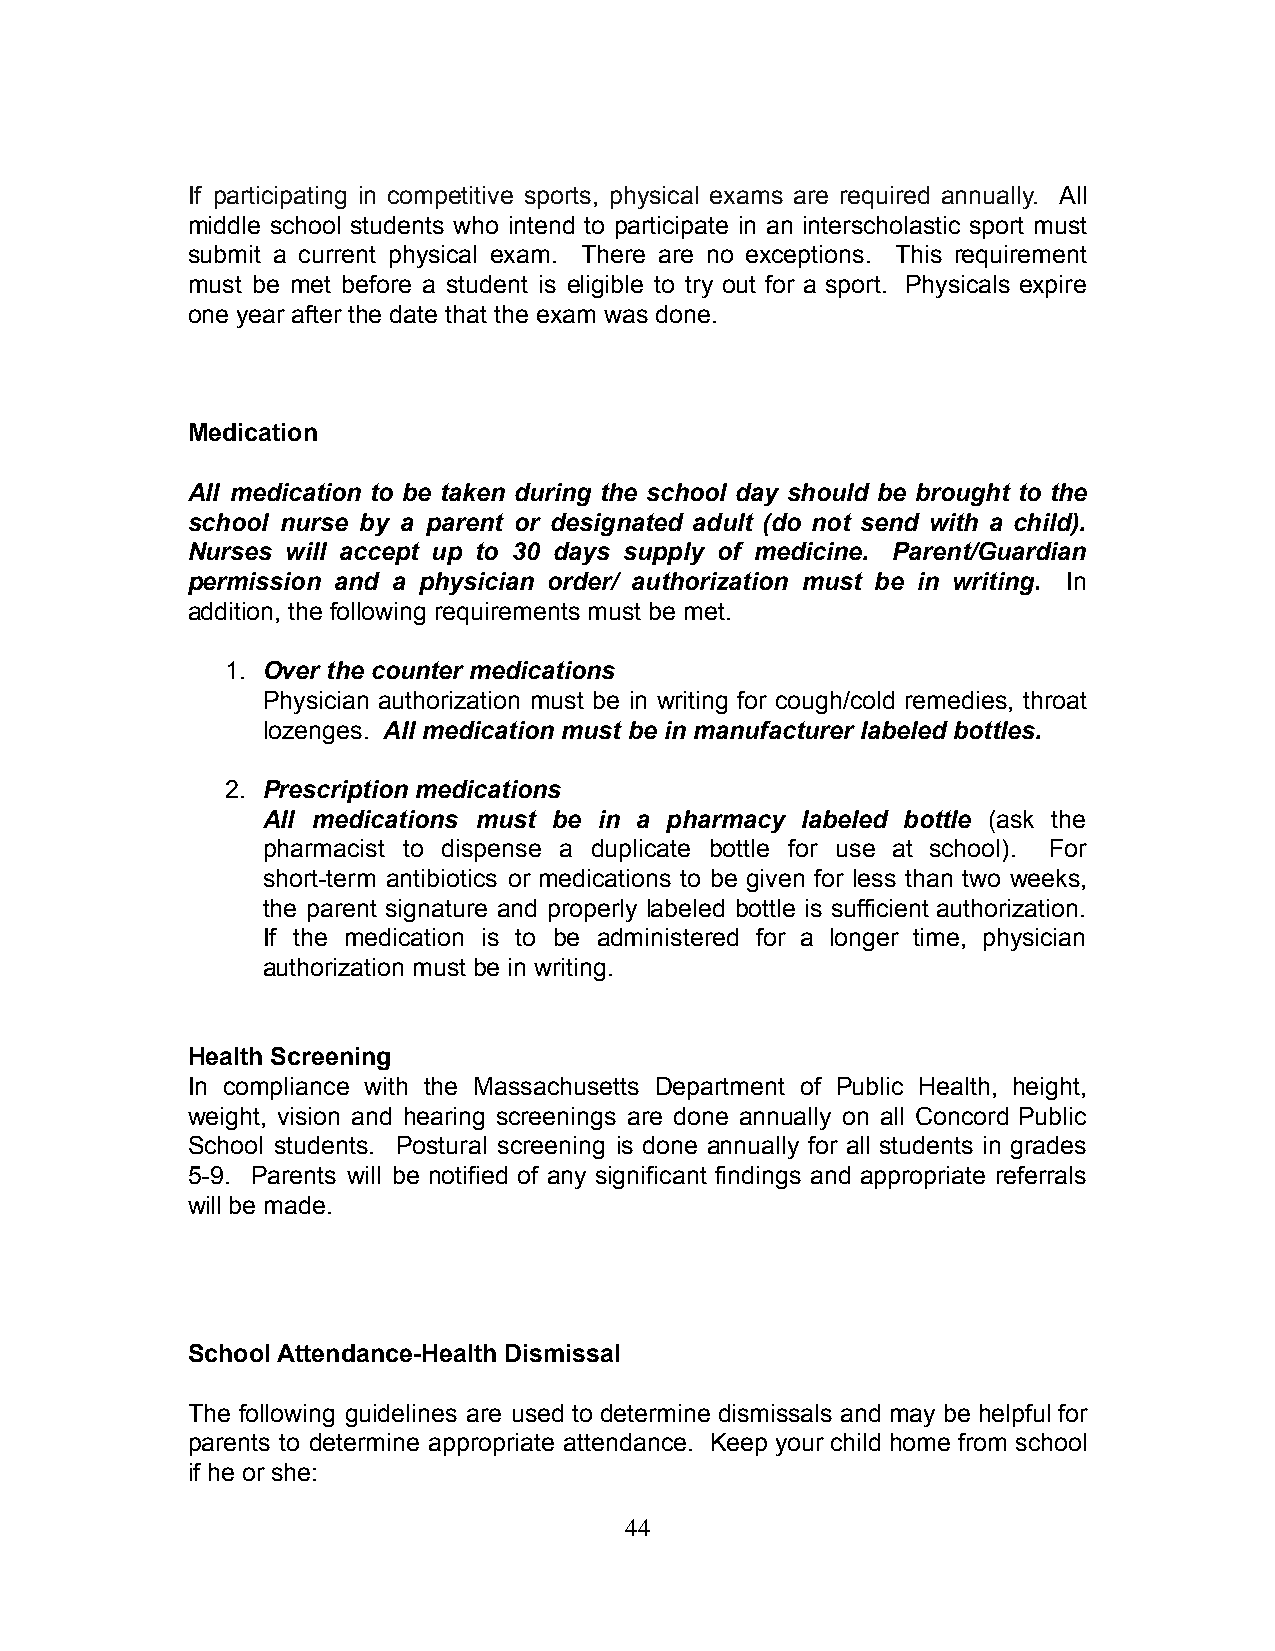
If participating in competitive sports, physical exams are required annually. All
 middle school students who intend to participate in an interscholastic sport must
 submit a current physical exam. There are no exceptions. This requirement
 must be met before a student is eligible to try out for a sport. Physicals expire
 one year after the date that the exam was done.
 Medication
 All medication to be taken during the school day should be brought to the
 school nurse by a parent or designated adult (do not send with a child).
 Nurses will accept up to 30 days supply of medicine. Parent/Guardian
 permission and a physician order/ authorization must be in writing. In
 addition, the following requirements must be met.
 1. Over the counter medications
 Physician authorization must be in writing for cough/cold remedies, throat
 lozenges. All medication must be in manufacturer labeled bottles.
 2. Prescription medications
 All medications must be in a pharmacy labeled bottle (ask the
 pharmacist to dispense a duplicate bottle for use at school). For
 short-term antibiotics or medications to be given for less than two weeks,
 the parent signature and properly labeled bottle is sufficient authorization.
 If the medication is to be administered for a longer time, physician
 authorization must be in writing.
 Health Screening
 In compliance with the Massachusetts Department of Public Health, height,
 weight, vision and hearing screenings are done annually on all Concord Public
 School students. Postural screening is done annually for all students in grades
 5-9. Parents will be notified of any significant findings and appropriate referrals
 will be made.
 School Attendance-Health Dismissal
 The following guidelines are used to determine dismissals and may be helpful for
 parents to determine appropriate attendance. Keep your child home from school
 if he or she:
 44